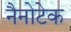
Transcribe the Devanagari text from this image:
नैनोटेक